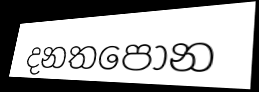
දනතපොන